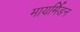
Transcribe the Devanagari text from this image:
मायर्मिडन